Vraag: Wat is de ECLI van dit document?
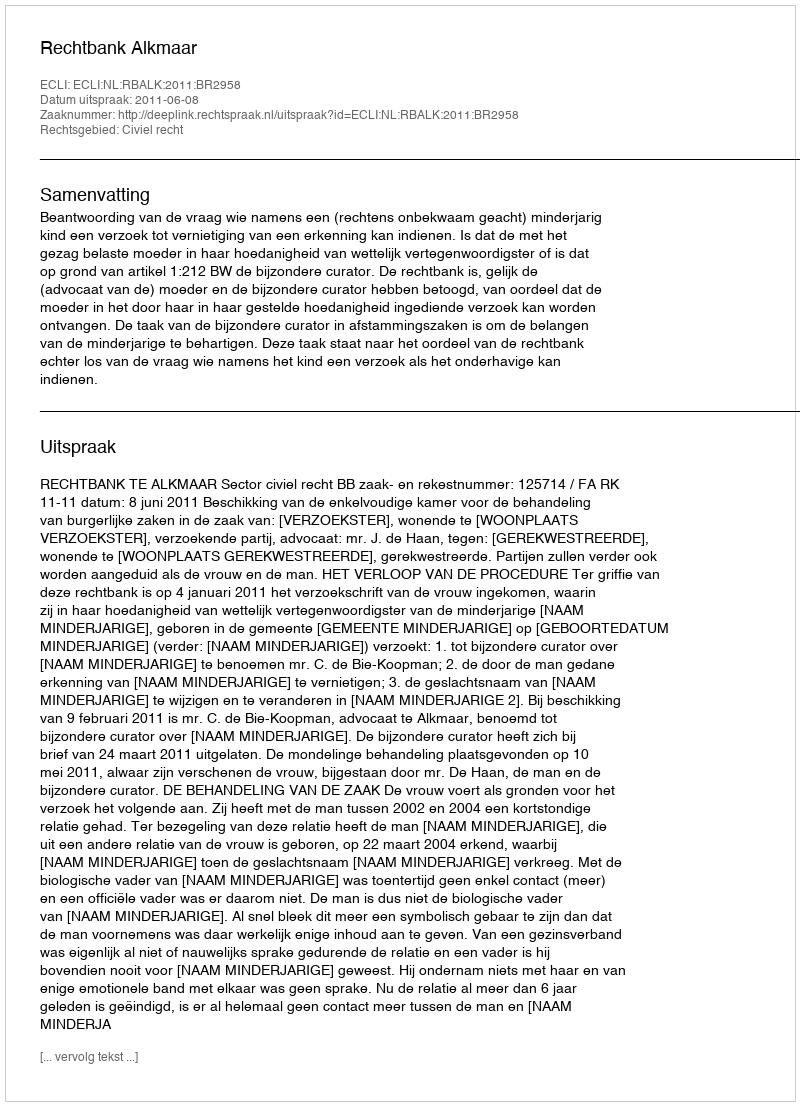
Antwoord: ECLI:NL:RBALK:2011:BR2958